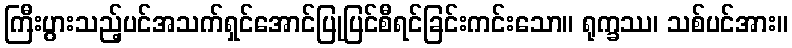
ကြီးပွားသည့်ပင်အသက်ရှင်အောင်ပြုပြင်စီရင်ခြင်းကင်းသော။ ရုက္ခဿ၊ သစ်ပင်အား။